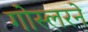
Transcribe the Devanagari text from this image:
गोस्लरने